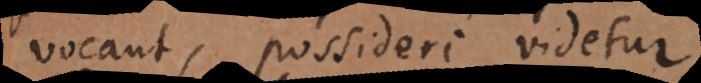
vocant, possideri videtur.